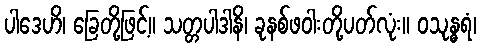
ပါဒေဟိ၊ ခြေတို့ဖြင့်။ သတ္တပါဒါနိ၊ ခုနစ်ဖဝါးတို့ပတ်လုံး။ ဝသုန္ဓရံ၊